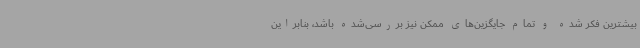
بیشترین فکر شده و تمام جایگزین‌های ممکن نیز بررسی‌شده باشد، بنابراین